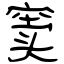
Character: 窦